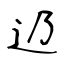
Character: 辸